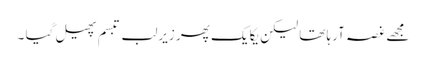
مجھے غصہ آرہا تھا لیکن یکایک پھر زیرلب تبسم پھیل گیا ۔